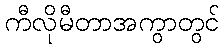
ကီလိုမီတာအကွာတွင်